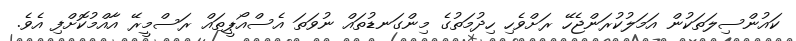
ކައުންސިލަތަކުން އަމަލުކުރަންޖެހޭ ރަށްވެހި ހިދުމަތުގެ މިންގަނޑުތައް ނުވަތަ އެސްއޯޕީތައް ރަސްމީރޭ އާއްމުކޮށްފި އެވެ.